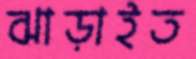
ঝাড়াইত